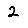
Digit: 2